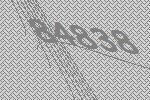
84838